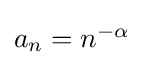
{\textstyle a_{n}=n^{-\alpha }}